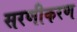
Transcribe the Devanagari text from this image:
सरणीकरण